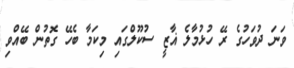
ވަނަ ދުވަހުގެ ރޭ ހުޅުމާލެ ޣާޒީ ސުކޫލްގައި މިކަމާ ބެހޭ ގޮތުން ބޭއްވި